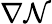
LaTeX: \nabla\mathcal{N}